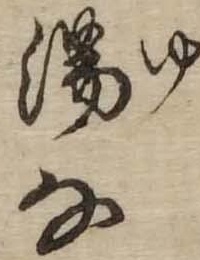
湯な